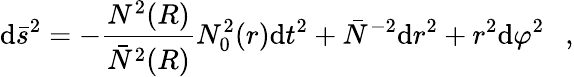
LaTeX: \mathrm{d}\bar{{s}}^{2}=-{\frac{{N^{2}(R)}}{{\bar{{N}}^{2}(R)}}}N_{0}^{2}(r)\mathrm{d}t^{2}+\bar{{N}}^{-2}\mathrm{d}r^{2}+r^{2}\mathrm{d}\varphi^{2}~~~,